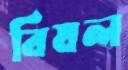
বিষল